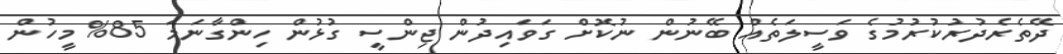
ދޭތެރެދުރުކުރުމުގެ ވަސީލަތެއް ބޭނުން ނުކޮށް ގަވައިދުން ޖިންސީ ގުޅުން ހިންގާނަމަ 85% މީހުން